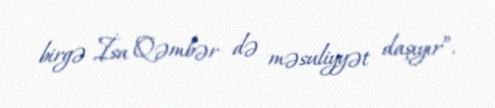
birgə İsa Qəmbər də məsuliyyət daşıyır”.